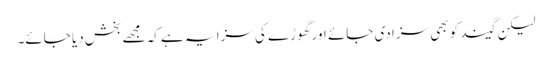
لیکن گیند کو بھی سزا دی جائے اور گھوڑے کی سزا یہ ہے کہ مجھے بخش دیا جائے۔